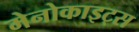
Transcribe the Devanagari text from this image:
मेनोकाइट्स